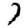
Digit: 7